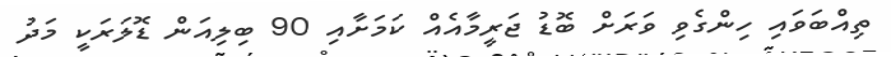
ތިއްބަވައި ހިންގެވި ވަރަށް ބޮޑު ޖަރީމާއެއް ކަމަށާއި 90 ބިލިއަން ޑޮލަރަކީ މަދު